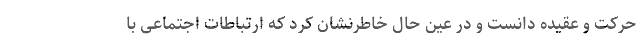
حرکت و عقیده دانست و در عین حال خاطرنشان کرد که ارتباطات اجتماعی با